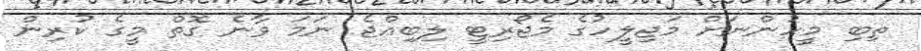
ތިބި މީހުންނަށް މަޖިލީހުގެ މެޖޯރިޓީ ލިބިއްޖެ ނަމަ ވާނެ ގޮތް މީގެ ކުރިން